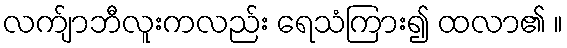
လက်ျာဘီလူးကလည်း ရေသံကြား၍ ထလာ၏ ။